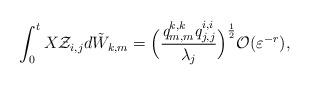
LaTeX: \begin{align*}\int_{0}^{t}X\mathcal{Z}_{i,j}d\tilde{W}_{k,m}= \Big( \frac{\emph{q}_{m,m}^{k,k}\emph{q}_{j,j}^{i,i}}{\lambda _{j}}\Big) ^{\frac{1}{2}}\mathcal{O}(\varepsilon ^{-r}), \end{align*}